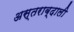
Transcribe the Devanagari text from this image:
अस्तराब्दाली